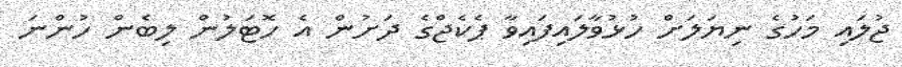
ޖުލައި މަހުގެ ނިޔަލަށް ހުޅުވާލައިފައިވާ ޕެކެޖްގެ ދަށުން އެ ހޮޓަލުން ލިބެން ހުންނަ